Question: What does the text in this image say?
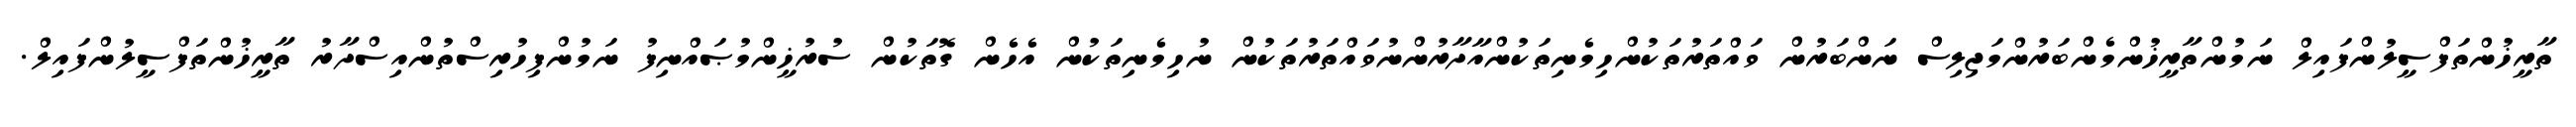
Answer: ތާރީޚުންތަފްސީލުންފައިލް ނަމުންތާރީޚުންމެންބަރުންމަޖިލިސް ނަންބަރުން ވައްތަރުތަކުންހިމެނިތަކުންއާދާރުންނުވައްތަރުތަކުން ނުހިމެނިތަކުން އެހެން ގޮތަކުން ސުރުޚީންމުޞައްނިފު ނަމުންފިހުރިސްތުންއިސްދާރު ތާރީޚުންތަފްސީލުންފައިލް.